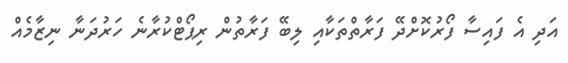
އަދި އެ ފައިސާ ފޯރުކޮށްދޭ ފަރާތްތަކާއި ލިބޭ ފަރާތުން ރިޕޯޓްކުރާނެ ހަރުދަނާ ނިޒާމެއް